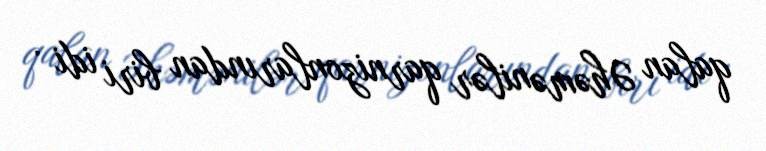
qalan Əhəmənilər qarnizonlarından biri idi .